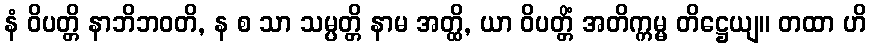
နံ ဝိပတ္တိ နာဘိဘဝတိ, န စ သာ သမ္ပတ္တိ နာမ အတ္ထိ, ယာ ဝိပတ္တိံ အတိက္ကမ္မ တိဋ္ဌေယျ။ တထာ ဟိ